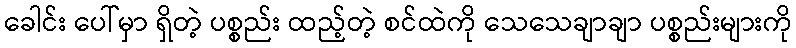
ခေါင်း ပေါ်မှာ ရှိတဲ့ ပစ္စည်း ထည့်တဲ့ စင်ထဲကို သေသေချာချာ ပစ္စည်းများကို